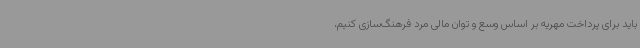
باید برای پرداخت مهریه بر اساس وسع و توان مالی مرد فرهنگ‌سازی کنیم،